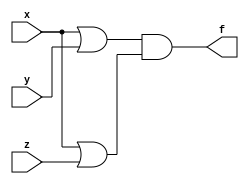
module q1_2r(x,y,z,f);
input x,y,z;
output f;
assign f = (x|y)&(x|z);
endmodule